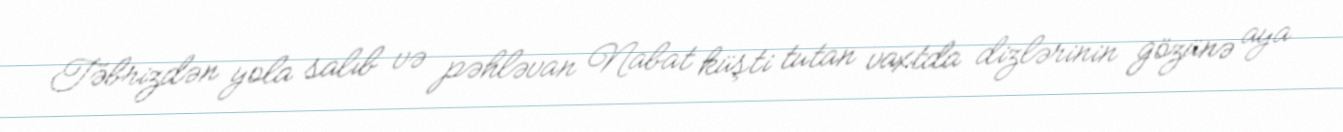
Təbrizdən yola salıb və pəhləvan Nabat küşti tutan vaxtda dizlərinin gözünə aya